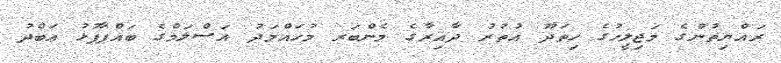
ރައްޔިތުންގެ މަޖިލީހުގެ ހިތަދޫ އުތުރު ދާއިރާގެ މެންބަރ މުހައްމަދު އަސްލަމްގެ ބައްޕާފުޅު ޢަބްދު